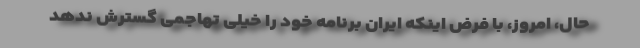
حال، امروز، با فرض اینکه ایران برنامه خود را خیلی تهاجمی گسترش ندهد